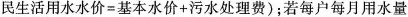
民生活用水水价=基本水价+污水处理费)；若每户每月用水量